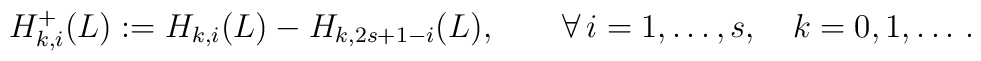
H^+_{k,i}(L):= H_{k,i}(L)-H_{k,2s+1-i}(L),\qquad\forall\, i=1,\ldots, s,\quad k=0,1,\ldots\,.